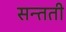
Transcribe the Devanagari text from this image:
सन्तती